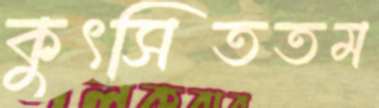
কুৎসিততম